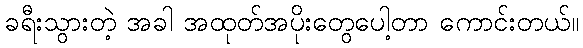
ခရီးသွားတဲ့ အခါ အထုတ်အပိုးတွေပေါ့တာ ကောင်းတယ်။